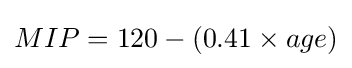
MIP=120-(0.41\times age)